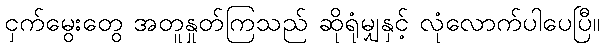
ငှက်မွေးတွေ အတူနှုတ်ကြသည် ဆိုရုံမျှနှင့် လုံလောက်ပါပေပြီ။